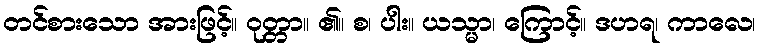
တင်စားသော အားဖြင့်။ ဝုတ္တာ။ ၏။ စ၊ ပါး။ ယသ္မာ၊ ကြောင့်။ ဒဟရ၊ ကာလေ၊